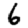
Digit: 6